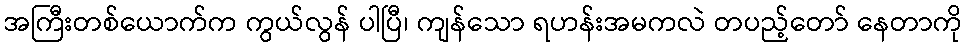
အကြီးတစ်ယောက်က ကွယ်လွန် ပါပြီ၊ ကျန်သော ရဟန်းအမကလဲ တပည့်တော် နေတာကို